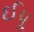
ઈપૂ